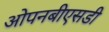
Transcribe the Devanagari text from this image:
ओपनबीएसडी